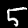
Digit: 5